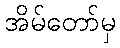
အိမ်တော်မှ